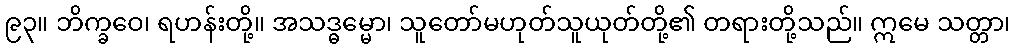
၉၃။ ဘိက္ခဝေ၊ ရဟန်းတို့။ အသဒ္ဓမ္မော၊ သူတော်မဟုတ်သူယုတ်တို့၏ တရားတို့သည်။ ဣမေ သတ္တာ၊